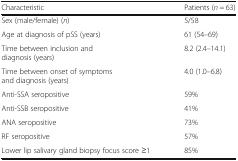
<table><thead><tr><td><b>Characteristic</b></td><td><b>Patients (<i>n</i> = 63)</b></td></tr></thead><tbody><tr><td>Sex (male/female) (<i>n</i>)</td><td>5/58</td></tr><tr><td>Age at diagnosis of pSS (years)</td><td>61 (54–69)</td></tr><tr><td>Time between inclusion and diagnosis (years)</td><td>8.2 (2.4–14.1)</td></tr><tr><td>Time between onset of symptoms and diagnosis (years)</td><td>4.0 (1.0–6.8)</td></tr><tr><td>Anti-SSA seropositive</td><td>59%</td></tr><tr><td>Anti-SSB seropositive</td><td>41%</td></tr><tr><td>ANA seropositive</td><td>73%</td></tr><tr><td>RF seropositive</td><td>57%</td></tr><tr><td>Lower lip salivary gland biopsy focus score ≥1</td><td>85%</td></tr></tbody></table>